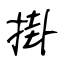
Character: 掛